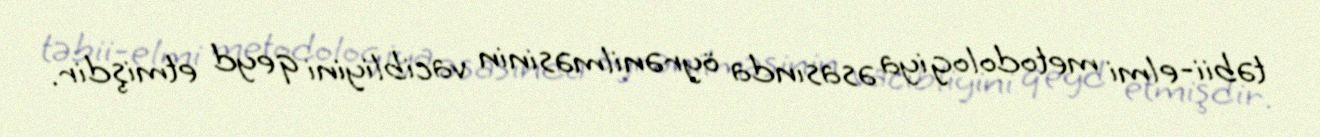
təbii-elmi metodologiya əsasında öyrənilməsinin vacibliyini qeyd etmişdir.